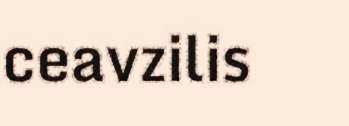
ceavzilis